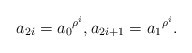
\begin{align*} a_{2i} = {a_0}^{\rho^i}, a_{2i+1} = {a_1}^{\rho^i}. \end{align*}